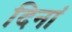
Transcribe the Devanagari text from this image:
दिनां